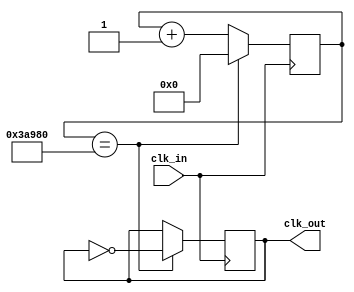
module clk50hz (
  input clk_in,
  output reg clk_out = 0
);

/* count = (clk_in / clk_out) */
/* Ejemplo 1 */
/* count = 25E6 = 25000000 = (25E6 Hz)/(1 Hz) */
/* SIZE = 2^25 = 33.5E6 lo contiene */
/* Ejemplo 2 */
/* count = (50E6 Hz)/(1 Hz) = 50E6 = 50000000 */
/* SIZE = 2^26 = 67.5E6 lo contiene */
/* Configuracin a 50 Hz */
/* count = (12E6 Hz)/(50 Hz) = 24E4 = 240000 */
/* SIZE = 2^18 = 262144 lo contiene */

parameter SIZE = 18; 
parameter LIMIT = 18'd240000;

reg [SIZE-1:0] count = 0;

always@(posedge clk_in)
begin
  if(count == LIMIT)
  begin
    count <= 0;
    clk_out <= ~clk_out;
  end
  else
  begin
    count <= count + 1;
  end
end
endmodule